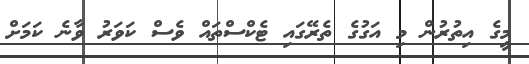
މީގެ އިތުރުން މި އަގުގެ ތެރޭގައި ޓެކްސްތައް ވެސް ކަވަރު ވާނެ ކަމަށް